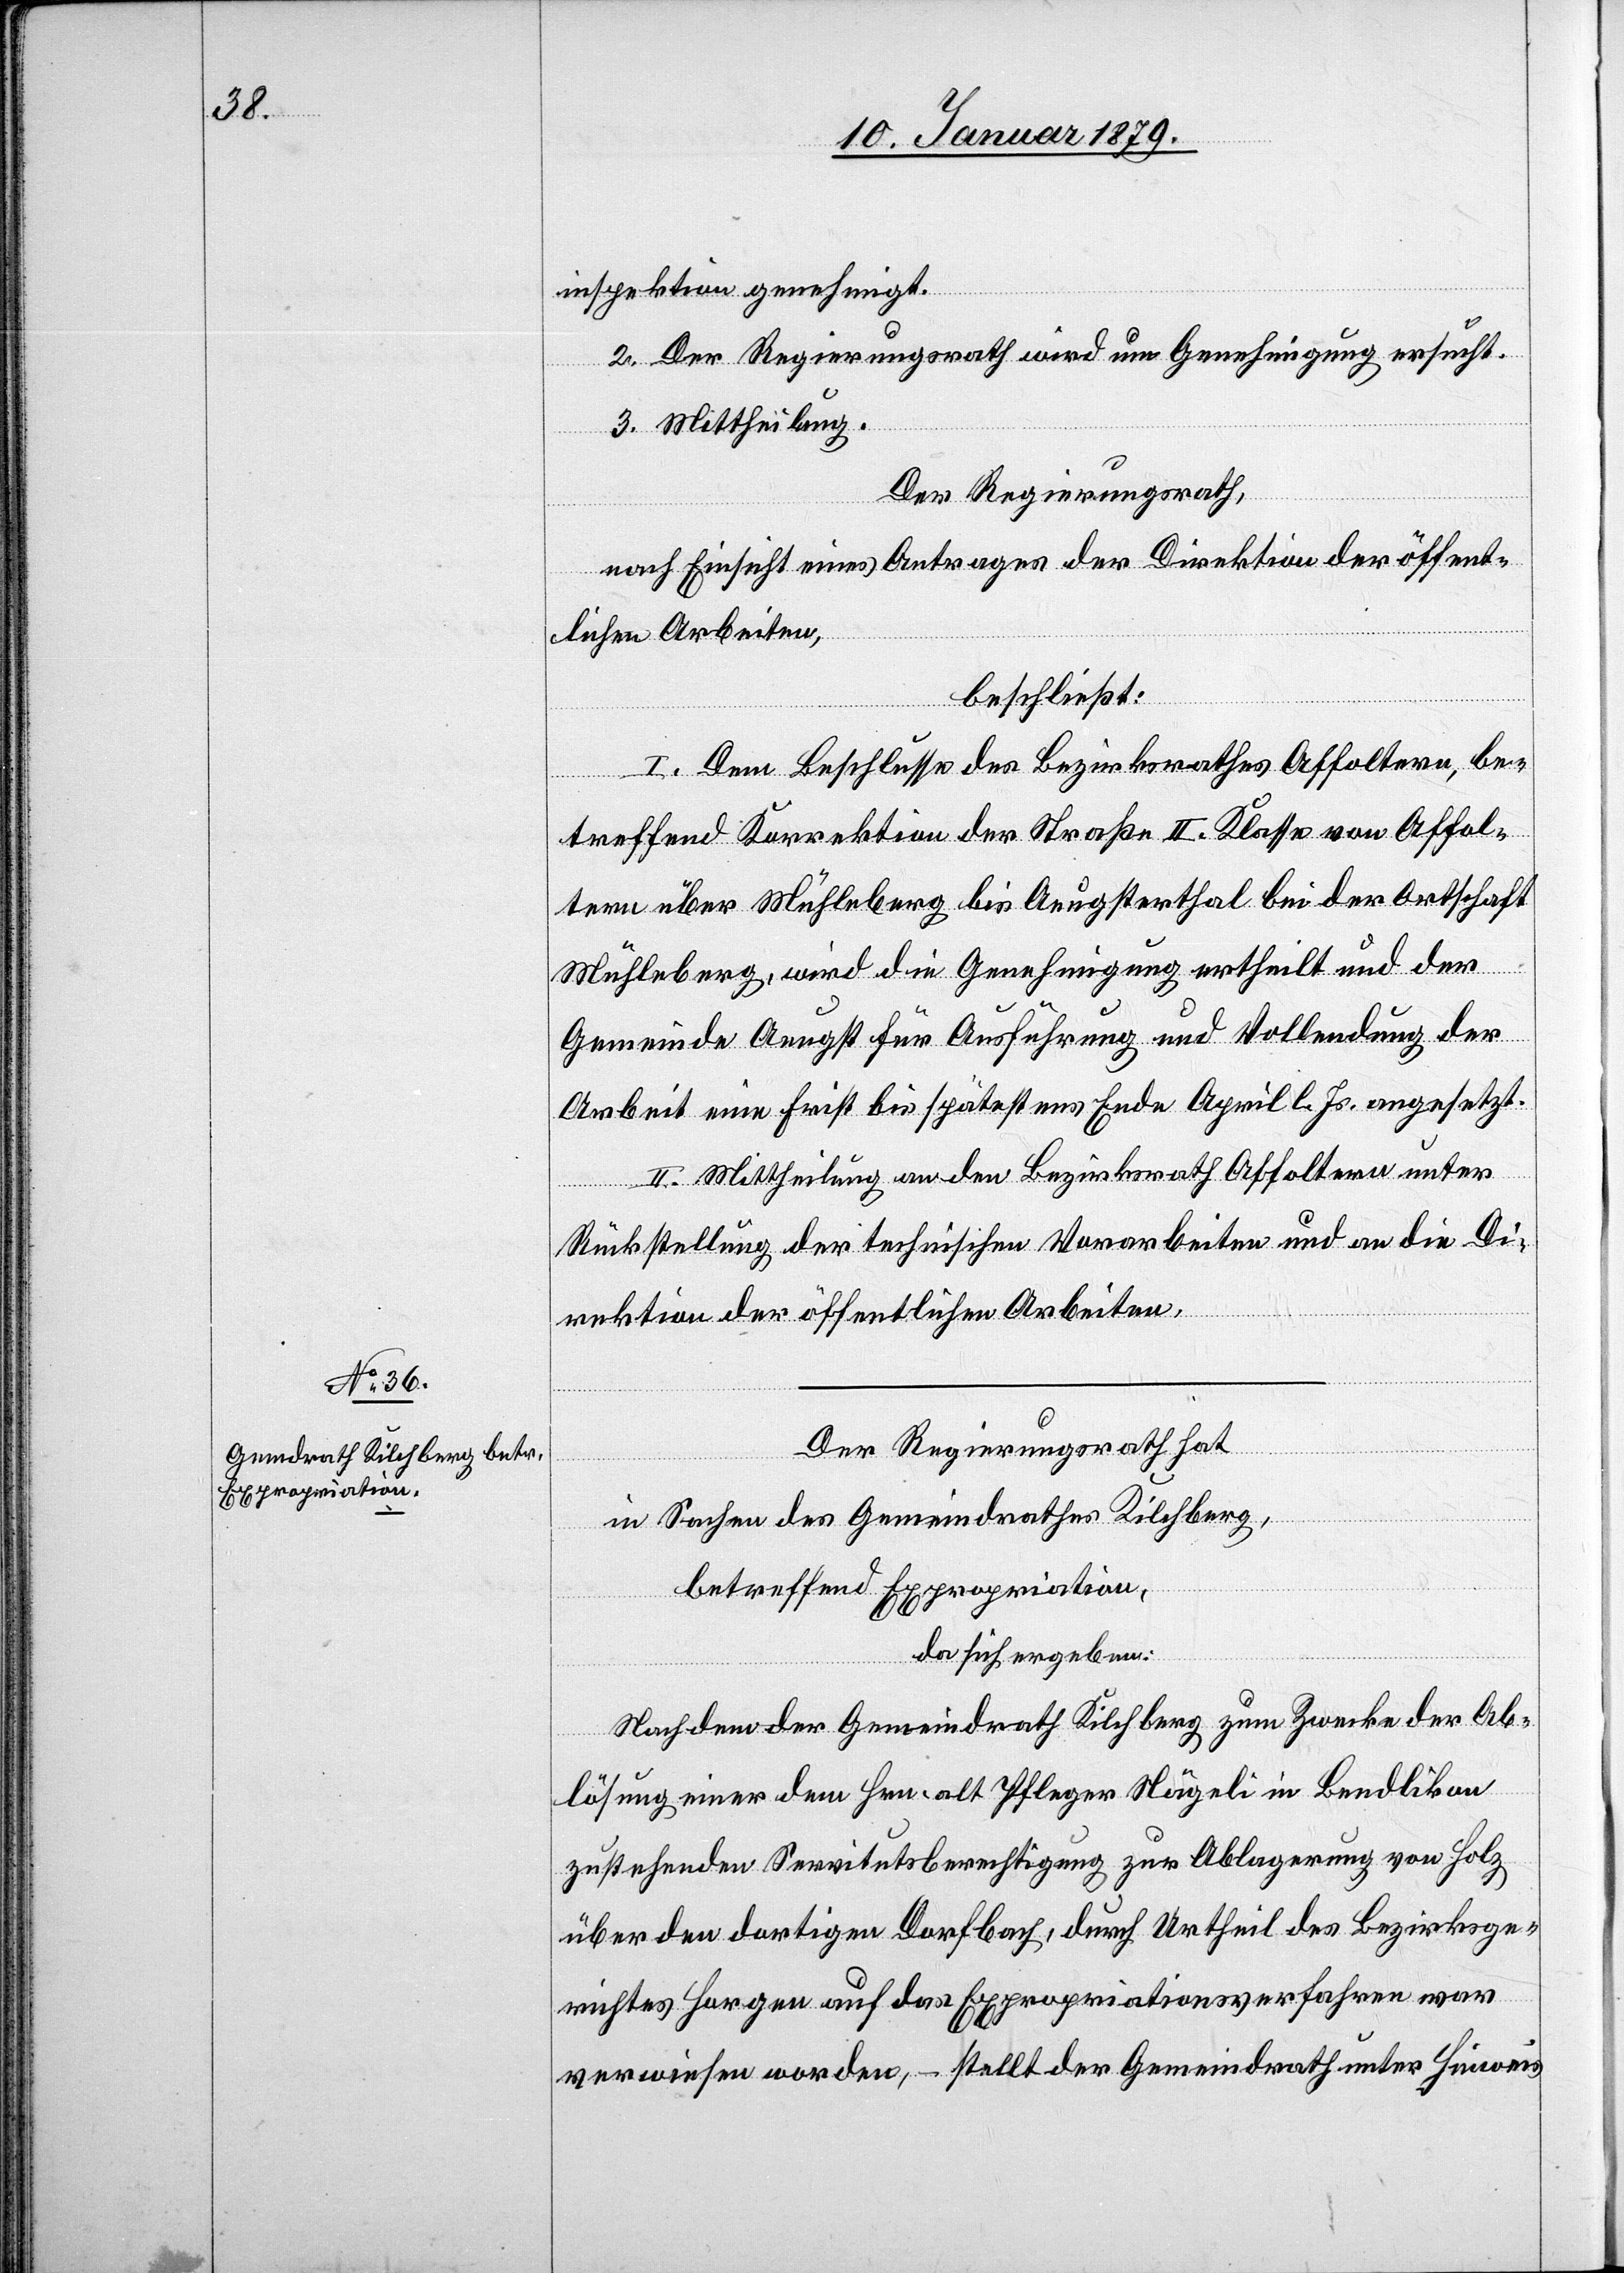
inspektion genehmigt.
2. Der Regierungsrath wird um Genehmigung ersucht.
des
3. Mittheilung.
Der Regierungsrath,
nach Einsicht eines Antrages der Direktion der öffent¬
lichen Arbeiten,
beschließt:
I. Dem Beschlusse des Bezirksrathes Affoltern, be¬
treffend Korrektion der Straße II. Klasse von Affol¬
tern über Mühleberg bis Aeugsterthal bei der Ortschaft
Mühleberg, wird die Genehmigung ertheilt und der
Gemeinde Aeugst für Ausführung und Vollendung der
Arbeit eine Frist bis spätestens Ende April l. Js. angesetzt.
II. Mittheilung an den Bezirksrath Affoltern unter
Bezirksge¬
Rückstellung der technischen Vorarbeiten und an die Di¬
rektion der öffentlichen Arbeiten.
Der Regierungsrath hat
in Sachen des Gemeindrathes Kilchberg,
betreffend Expropriation,
da sich ergeben:
Nachdem der Gemeindrath Kilchberg zum Zwecke der Ab¬
lösung einer dem Hrn. alt Pfleger Nägeli in Bendlikon
zustehenden Servitutsberechtigung zur Ablagerung von Holz
richtes Horgen auf das Expropriationsverfahren war
verwiesen worden, – stellt der Gemeindrath unter Hinweis